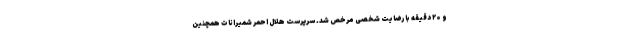
و ۲۰ دقیقه با رضایت شخصی مرخص شد. سرپرست هلال احمر شمیرانات همچنین